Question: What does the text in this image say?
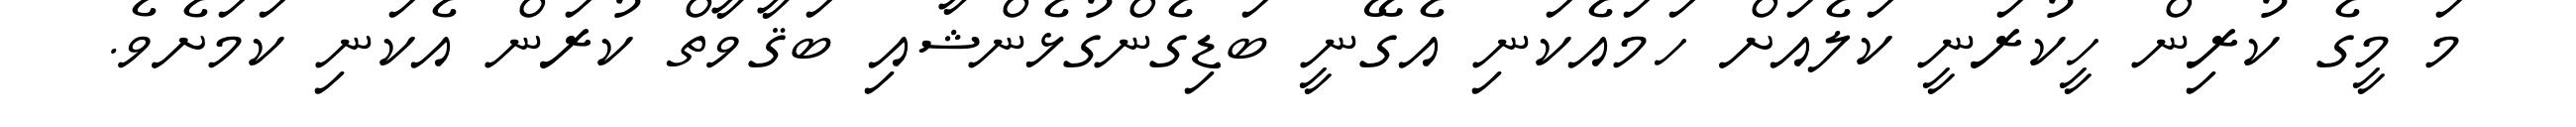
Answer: މަ މީގެ ކުރިން ހީކުރަނީ ކަލެއަށް ހަމައެކަނި އެގޭނީ ބަޑިގެންގުޅެންޝާއި ބަޤާވާތް ކުރަން އެކަނި ކަމަށެވެ.